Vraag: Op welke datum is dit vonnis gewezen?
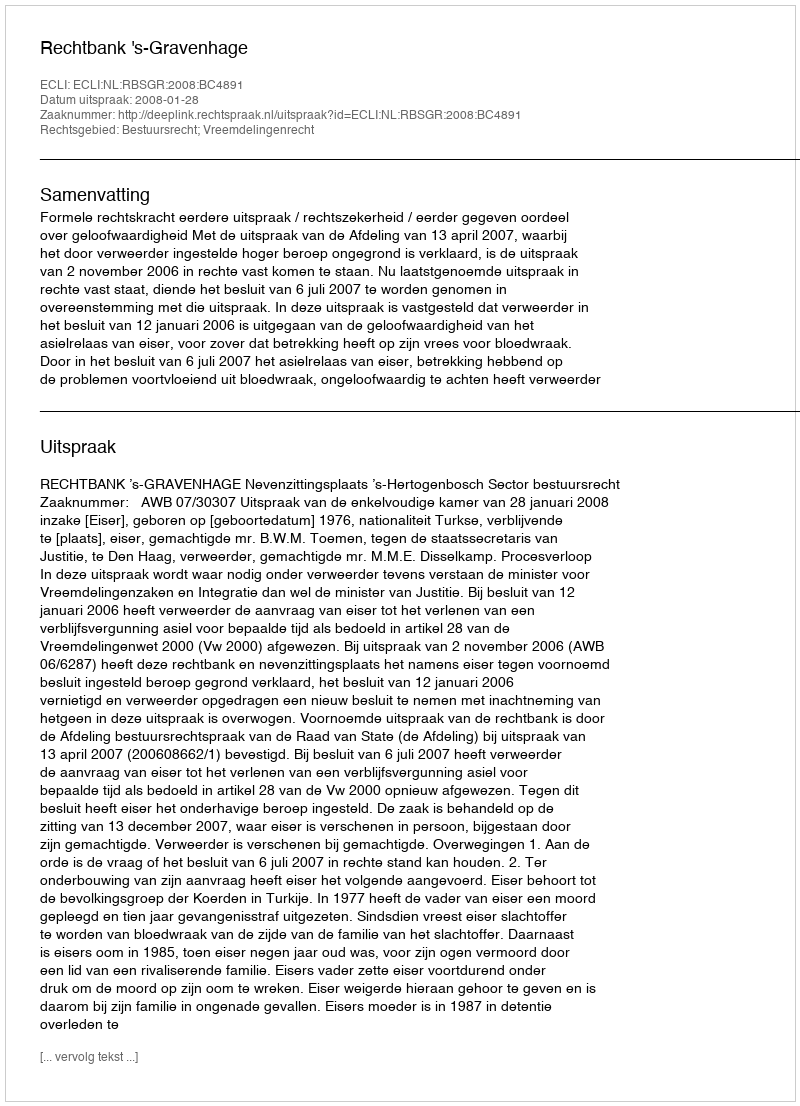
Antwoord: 2008-01-28